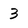
Character: 3